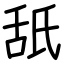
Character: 舐